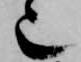
也